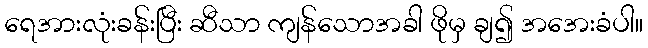
ရေအားလုံးခန်းပြီး ဆီသာ ကျန်သောအခါ ဖိုမှ ချ၍ အအေးခံပါ။